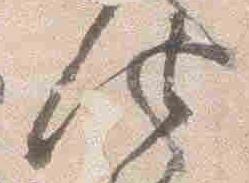
仕